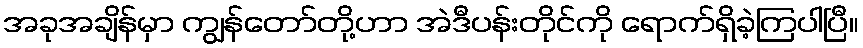
အခုအချိန်မှာ ကျွန်တော်တို့ဟာ အဲဒီပန်းတိုင်ကို ရောက်ရှိခဲ့ကြပါပြီ။